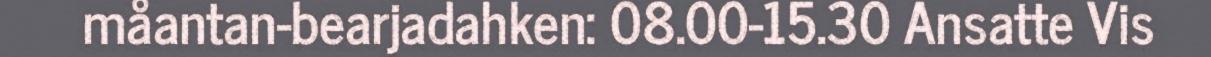
måantan-bearjadahken: 08.00-15.30 Ansatte Vis